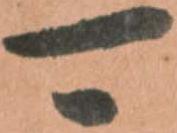
可